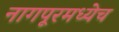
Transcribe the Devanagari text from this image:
नागपूरमध्येच